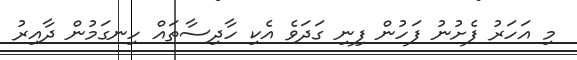
މި އަހަރު ފެށުނު ފަހުން ފިނި ގަދަވެ އެކި ހާދިސާތައް ހިނގަމުން ދާއިރު